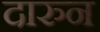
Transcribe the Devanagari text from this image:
दारुन